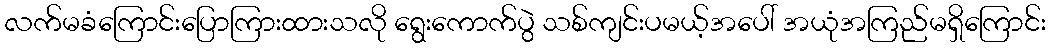
လက်မခံကြောင်းပြောကြားထားသလို ရွေးကောက်ပွဲ သစ်ကျင်းပမယ့်အပေါ် အယုံအကြည်မရှိကြောင်း